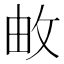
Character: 𮲓